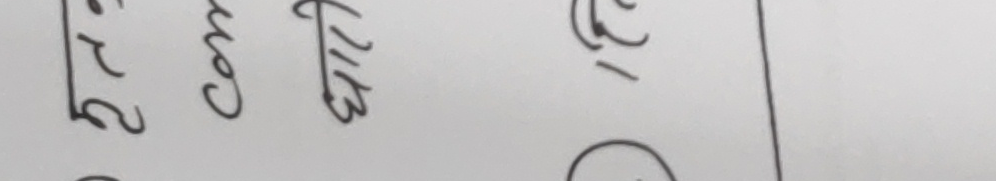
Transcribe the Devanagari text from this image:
२ कोन १/३ रा